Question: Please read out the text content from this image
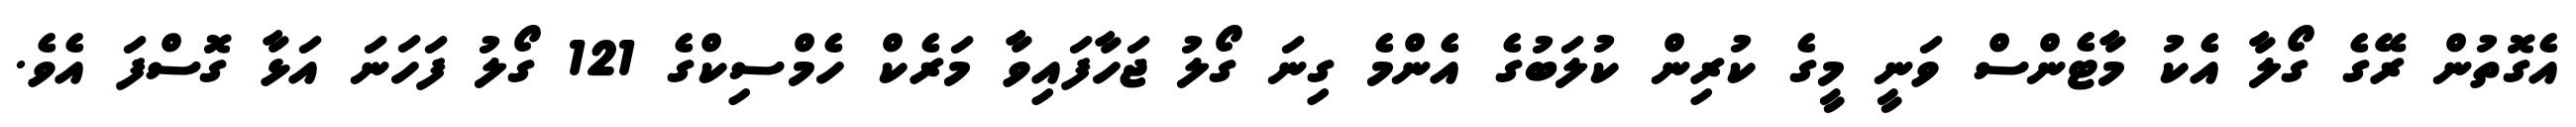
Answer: އެގޮތުން ރޭގެ ގޯލާ އެކު މާޓެންސް ވަނީ މީގެ ކުރިން ކުލަބުގެ އެންމެ ގިނަ ގޯލު ޖަހާފައިވާ މަރެކް ހެމްސިކްގެ 121 ގޯލު ފަހަނަ އަޅާ ގޮސްފަ އެވެ.